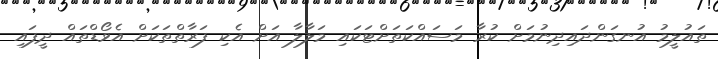
ތައުލީމު އުނގަންދައިދިނުމަށް ކުރާ މަސައްކަތަށްޓަކައި މަލާލާ އަށް އެކި ފަރާތްތަކަށް އެވޯޑްތައް ދީފައި